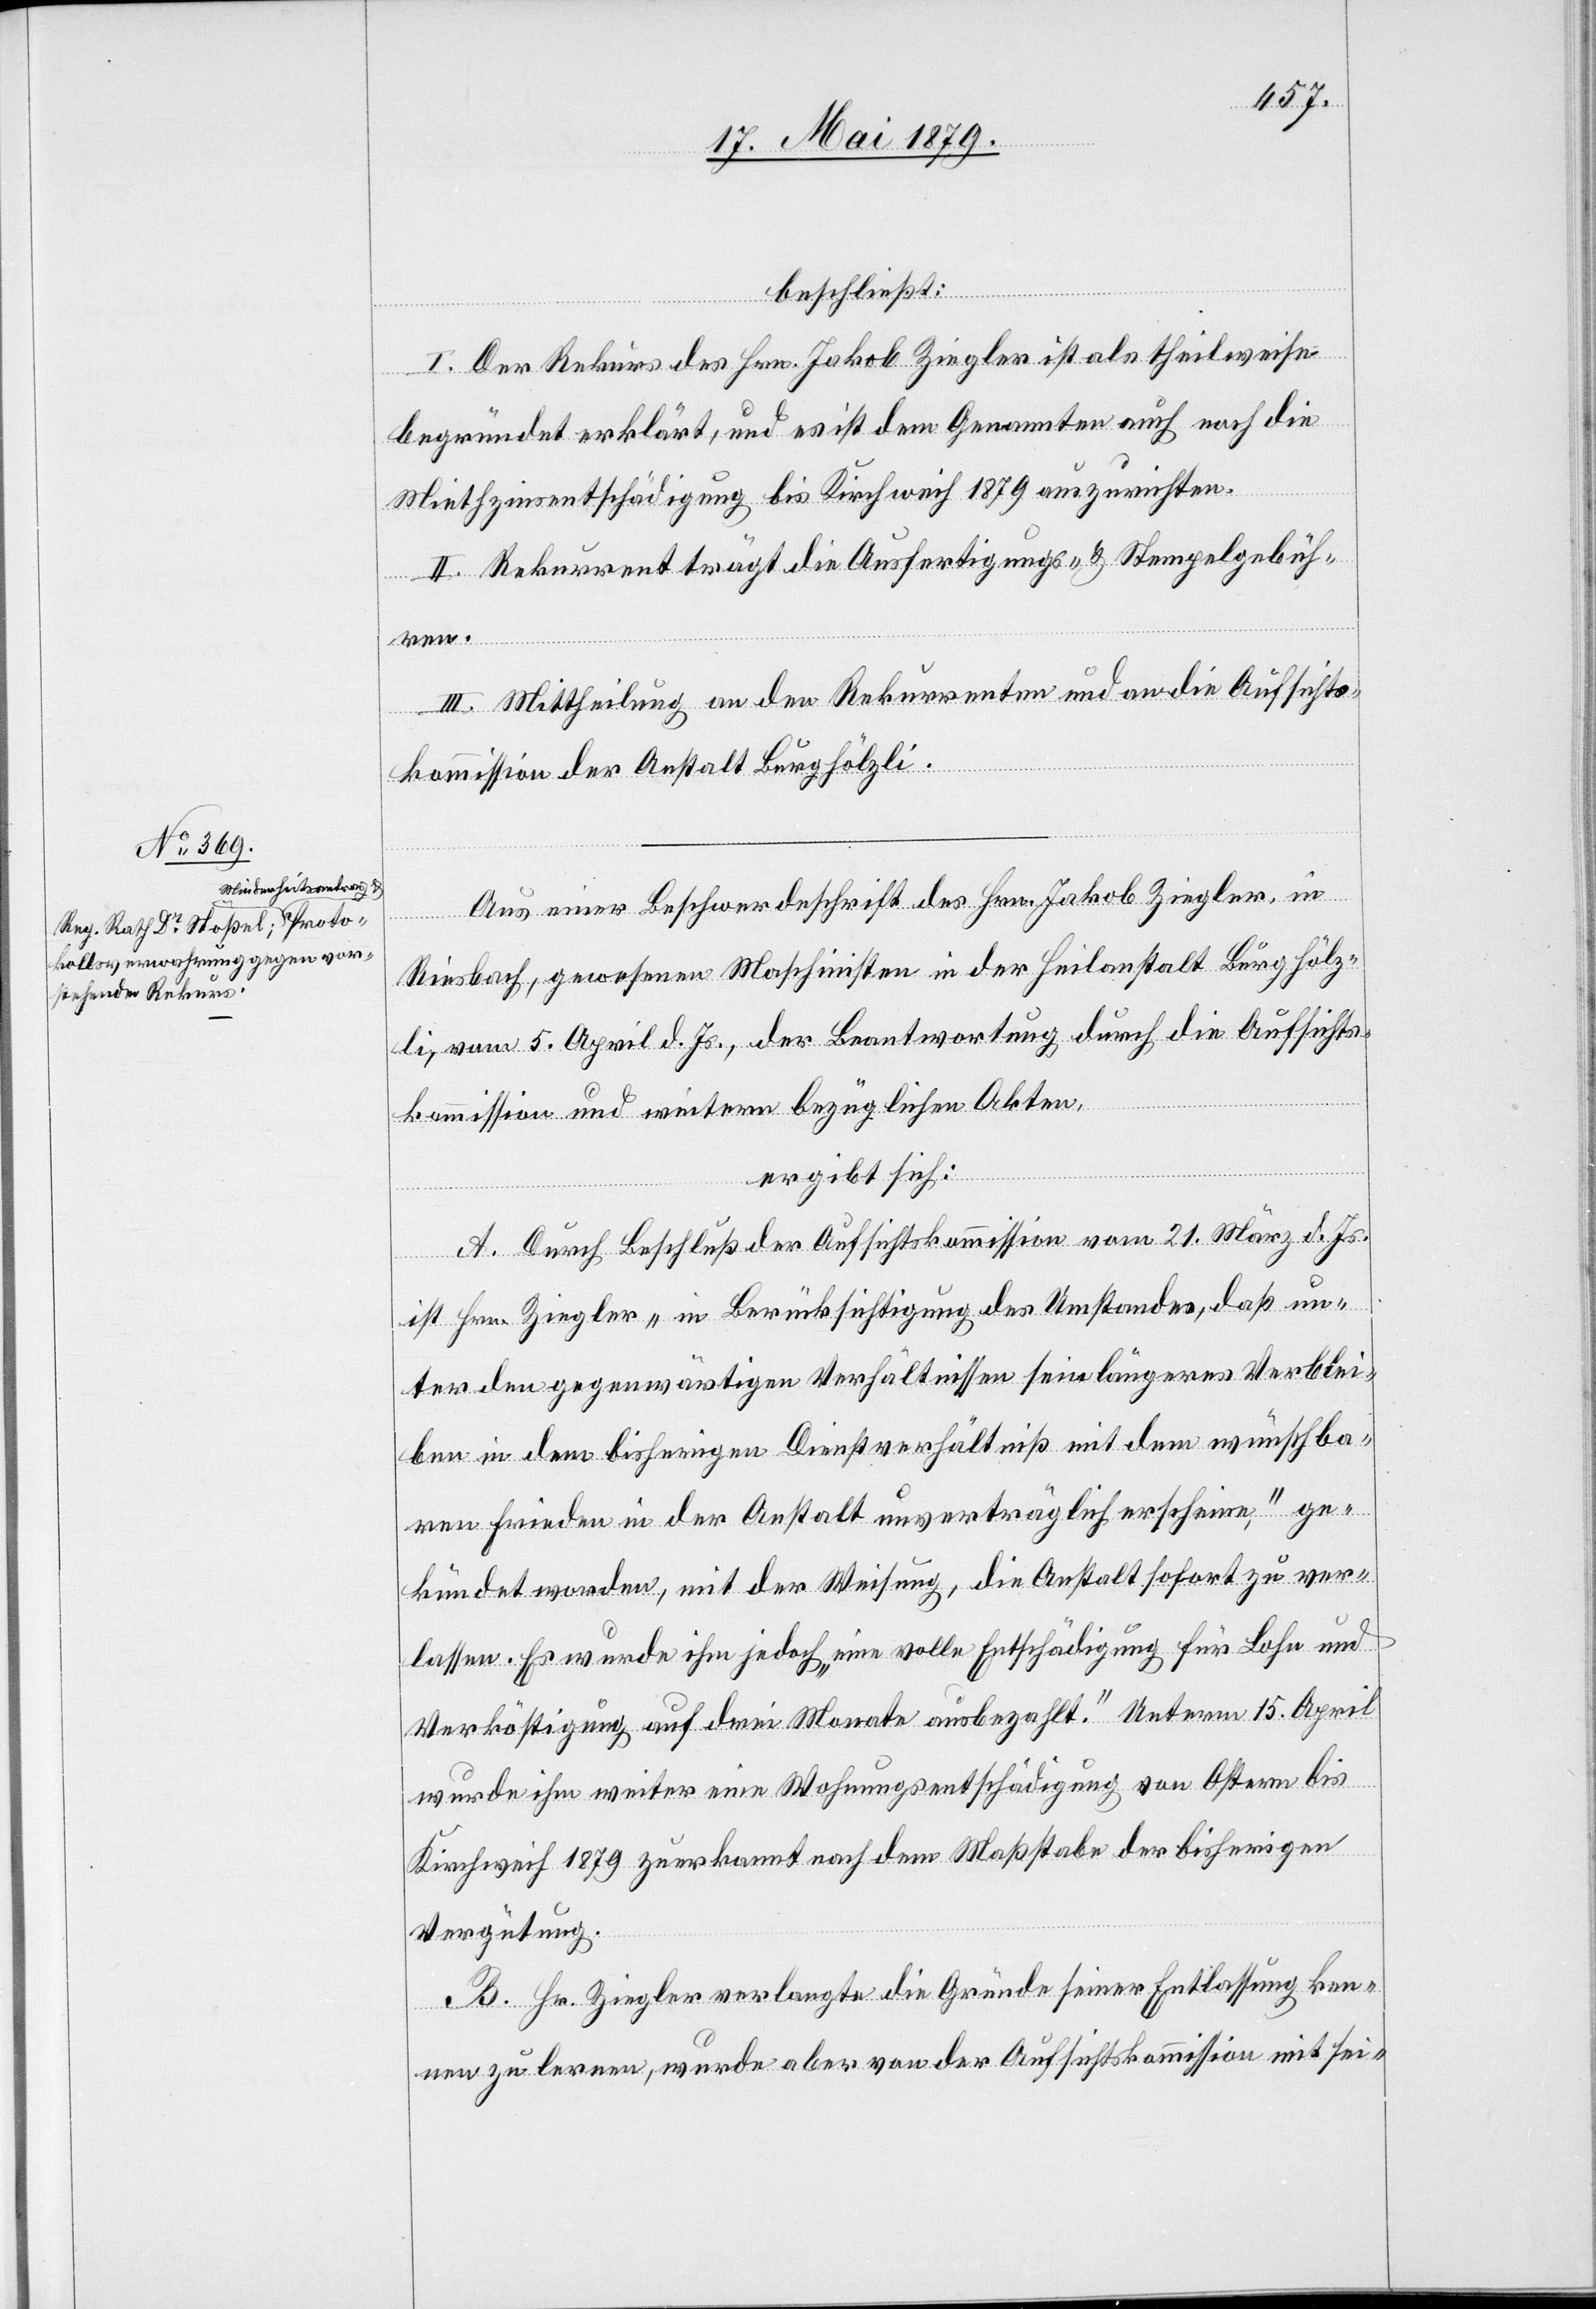
beschließt:
I. Der Rekurs des Hrn. Jakob Ziegler ist als theilweise
begründet erklärt, und es ist dem Genannten auch noch die
Miethzinsentschädigung bis Kirchweih 1879 auszurichten.
II. Rekurrent trägt die Ausfertigungs- & Stempelgebüh¬
ren.
III. Mittheilung an den Rekurrenten und an die Aufsichts¬
kommission der Anstalt Burghölzli.
Aus einer Beschwerdeschrift des Hrn. Jakob Ziegler, in
Riesbach, gewesenen Maschinisten in der Heilanstalt Burghölz¬
li, vom 5. April d. Js., der Beantwortung durch die Aufsichts¬
kommission und weitern bezüglichen Akten,
ergibt sich:
A. Durch Beschluß der Aufsichtskommission vom 21. März d. Js.
ist Hrn. Ziegler „in Berücksichtigung des Umstandes, daß un¬
ter den gegenwärtigen Verhältnissen sein längeres Verblei¬
ben in dem bisherigen Dienstverhältniß mit dem wünschba¬
ren Frieden in der Anstalt unverträglich erscheine“, ge¬
kündet worden, mit der Weisung, die Anstalt sofort zu ver¬
lassen. Es wurde ihm jedoch „eine volle Entschädigung für Lohn und
Verköstigung auf drei Monate ausbezahlt.“ Unterm 15. April
wurde ihm weiter eine Wohnungsentschädigung von Ostern bis
Kirchweih 1879 zuerkannt nach dem Maßstabe der bisherigen
Vergütung.
B. Hr. Ziegler verlangte die Gründe seiner Entlassung ken¬
nen zu lernen, wurde aber von der Aufsichtskommission mit sei-